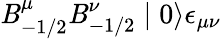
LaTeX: \mathit{B}_{-1/2}^{\mu}\mathit{B}_{-1/2}^{\nu}\mid0\rangle\epsilon_{\mu\nu}